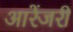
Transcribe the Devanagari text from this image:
आरेंजरी